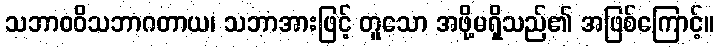
သဘာဝဝိသဘာဂတာယ၊ သဘာအားဖြင့် တူသော အဖို့မရှိသည်၏ အဖြစ်ကြောင့်။